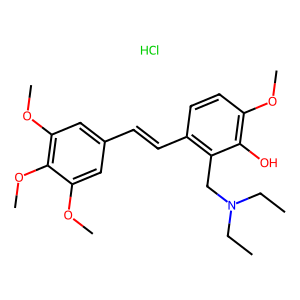
SMILES: CCN(CC)Cc1c(C=Cc2cc(OC)c(OC)c(OC)c2)ccc(OC)c1O.Cl
Inhibits HIV replication: No